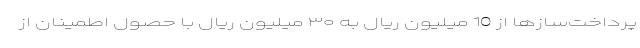
پرداخت‌سازها از 10 میلیون ریال به ۳۰ میلیون ریال با حصول اطمینان از